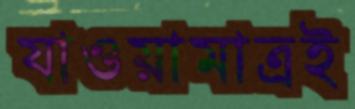
যাওয়ামাত্রই